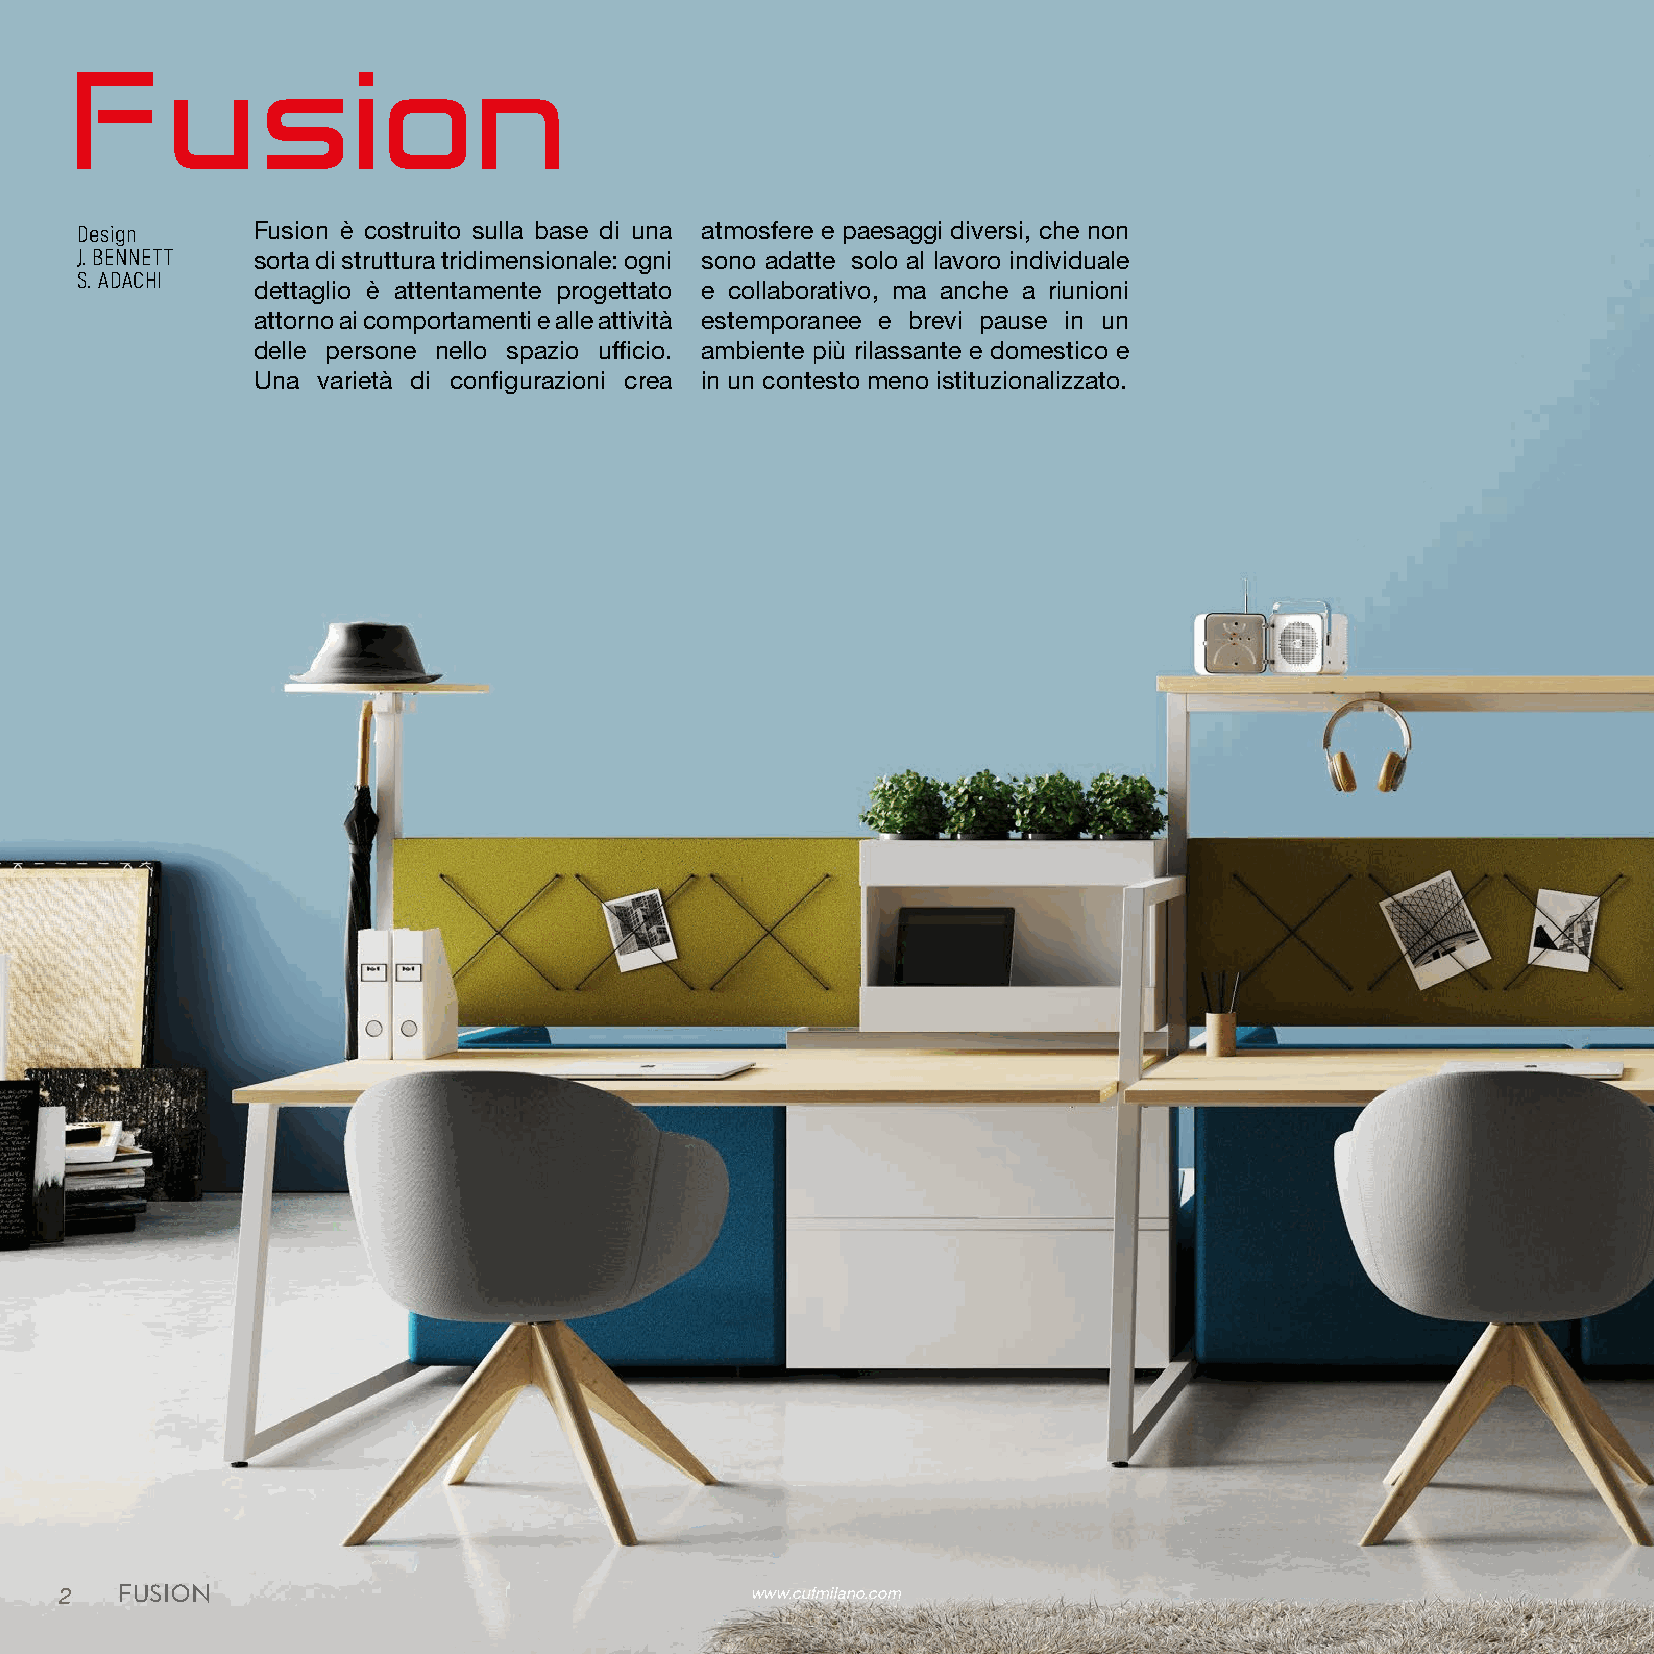
Fusion
 Design      Fusion è costruito sulla base di una atmosfere e paesaggi diversi, che non
 J. BENNETT  sorta di struttura tridimensionale: ogni sono adatte solo al lavoro individuale
 S. ADACHI
 dettaglio è attentamente progettato e collaborativo, ma anche a riunioni
 attorno ai comportamenti e alle attività estemporanee e brevi pause in un
 delle persone nello spazio ufficio. ambiente più rilassante e domestico e
 Una varietà di configurazioni crea in un contesto meno istituzionalizzato.
 2   FUSION                                    www.cufmilano.com                                                                                            www.cufmilano.com